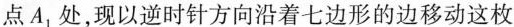
点A_{1}处，现以逆时针方向沿着七边形的边移动这枚